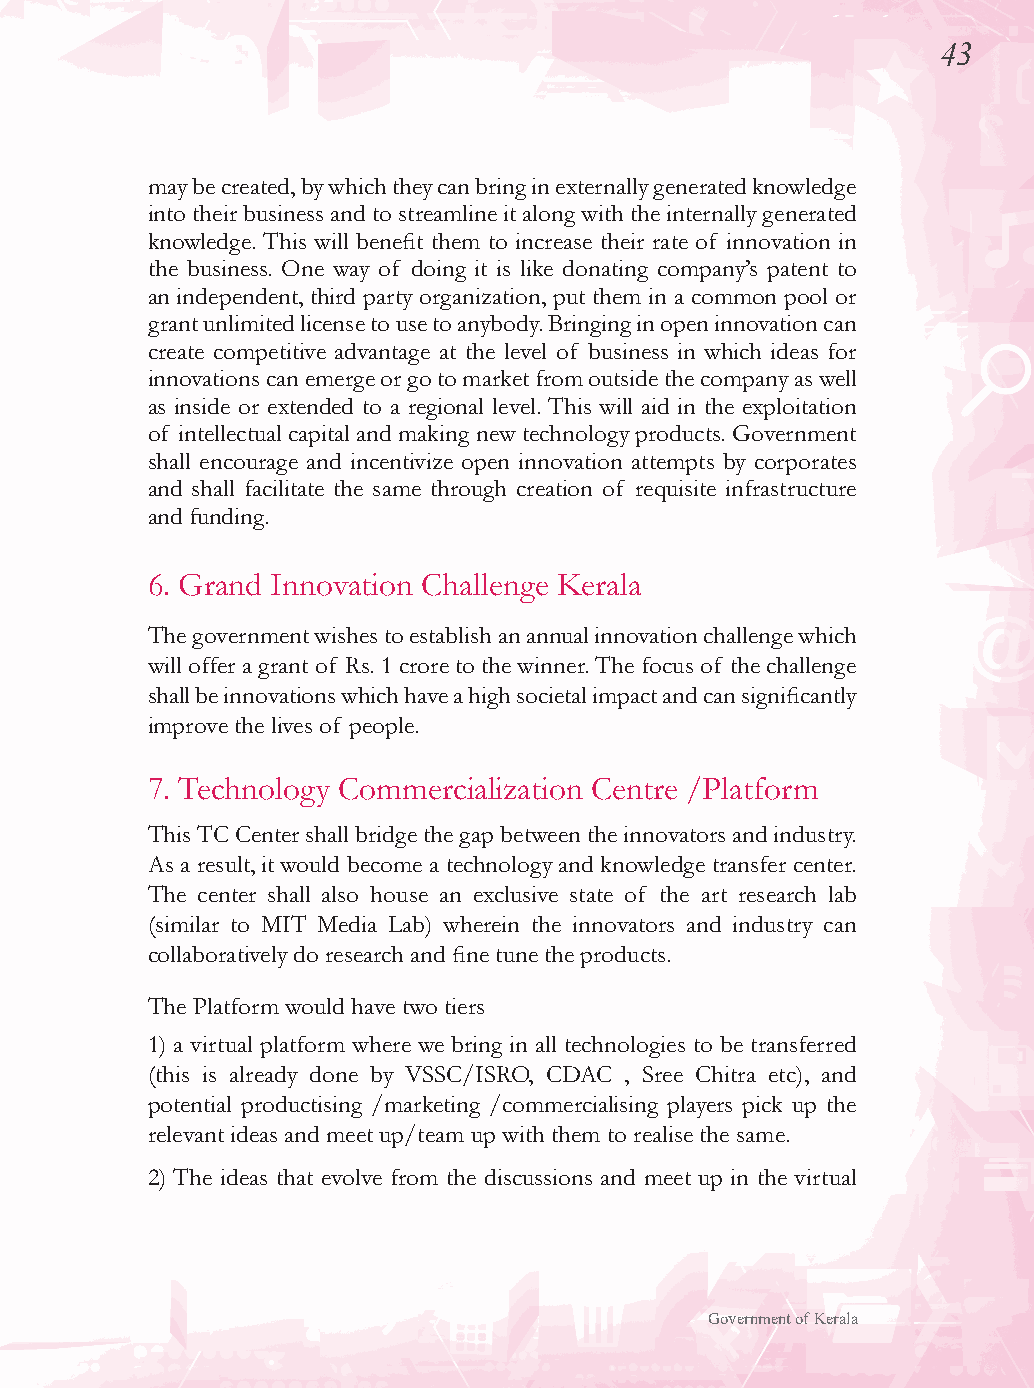
43
 may be created, by which they can bring in externally generated knowledge
 into their business and to streamline it along with the internally generated
 knowledge. This will benefit them to increase their rate of innovation in
 the business. One way of doing it is like donating company’s patent to
 an independent, third party organization, put them in a common pool or
 grant unlimited license to use to anybody. Bringing in open innovation can
 create competitive advantage at the level of business in which ideas for
 innovations can emerge or go to market from outside the company as well
 as inside or extended to a regional level. This will aid in the exploitation
 of intellectual capital and making new technology products. Government
 shall encourage and incentivize open innovation attempts by corporates
 and shall facilitate the same through creation of requisite infrastructure
 and funding.
 6. Grand Innovation Challenge Kerala
 The government wishes to establish an annual innovation challenge which
 will offer a grant of Rs. 1 crore to the winner. The focus of the challenge
 shall be innovations which have a high societal impact and can significantly
 improve the lives of people.
 7. Technology Commercialization Centre /Platform
 This TC Center shall bridge the gap between the innovators and industry.
 As a result, it would become a technology and knowledge transfer center.
 The center shall also house an exclusive state of the art research lab
 (similar to MIT Media Lab) wherein the innovators and industry can
 collaboratively do research and fine tune the products.
 The Platform would have two tiers
 1) a virtual platform where we bring in all technologies to be transferred
 (this is already done by VSSC/ISRO, CDAC , Sree Chitra etc), and
 potential productising /marketing /commercialising players pick up the
 relevant ideas and meet up/team up with them to realise the same.
 2) The ideas that evolve from the discussions and meet up in the virtual
 Government of Kerala